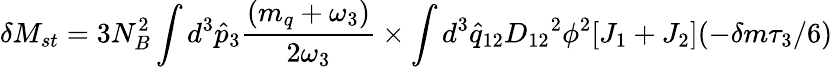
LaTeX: \delta M_{st}=3N_{B}^{2}\int d^{3}{\hat{p}}_{3}{\frac{(m_{q}+\omega_{3})}{2\omega_{3}}}\times\int d^{3}{\hat{q}}_{12}{D_{12}}^{2}\phi^{2}[J_{1}+J_{2}](-\delta m\tau_{3}/6)